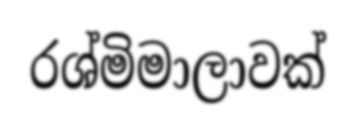
රශ්මිමාලාවක්